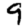
Digit: 9